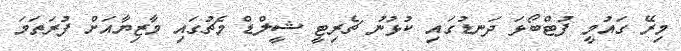
މިރޭ ގައުމީ ފުޓްބޯޅަ ދަނޑުގައި ކުޅުނު ޗެރިޓީ ޝީލްޑް މެޗުގައި މާޒިޔާއަށް ފުރަތަމަ